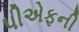
પીએફની